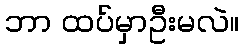
ဘာ ထပ်မှာဦးမလဲ။